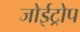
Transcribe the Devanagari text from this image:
जोईट्रोप